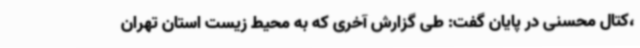
،کتال محسنی در پایان گفت: طی گزارش آخری که به محیط زیست استان تهران